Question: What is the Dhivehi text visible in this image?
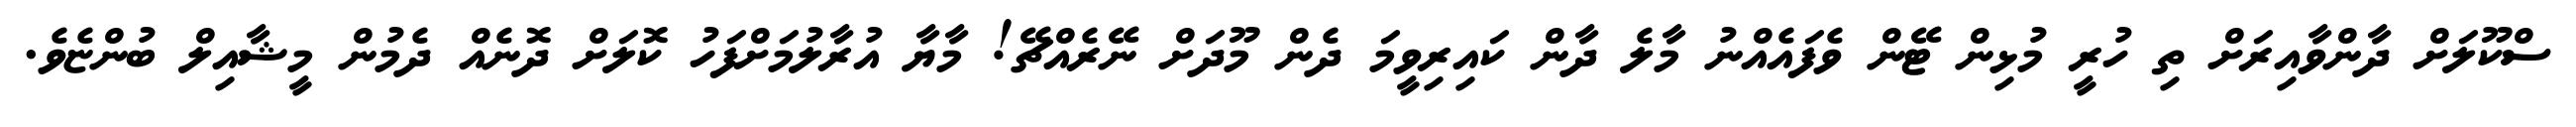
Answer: ސްކޫލަށް ދާންވާއިރަށް ތި ހުރީ މުޅިން ޓޭން ވެފައެއްނު މާލެ ދާން ކައިރިވީމަ ދެން މޫދަށް ނޭރެއްޗޭ! މާޔާ އުރާލުމަށްފަހު ކޮލަށް ދޮނެއް ދެމުން މީޝާއިލް ބުންޏެވެ.